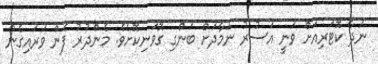
ނަދާ ކޮޓަރިއަށް ވަނީ އަސުރު ނަމާދަށް ބަންގި ގޮވަނިކޮށެވެ. މެންދުރު ފެން ވަރައިގެން